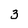
Character: 3